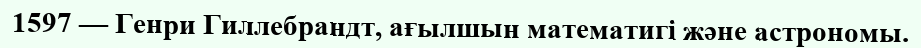
1597 — Генри Гиллебрандт, ағылшын математигі және астрономы.